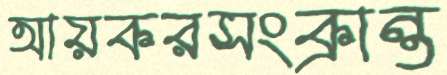
আয়করসংক্রান্ত